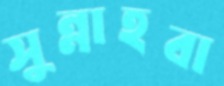
সুন্নাহবা